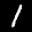
Label: 1